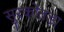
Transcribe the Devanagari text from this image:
सुरकोतड़ा